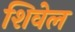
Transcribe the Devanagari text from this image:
शिवेल